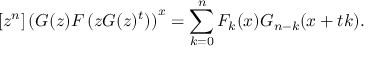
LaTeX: [ z ^ { n } ] \left( G ( z ) F \left( z G ( z ) ^ { t } \right) \right) ^ { x } = \sum _ { k = 0 } ^ { n } F _ { k } ( x ) G _ { n - k } ( x + t k ) .